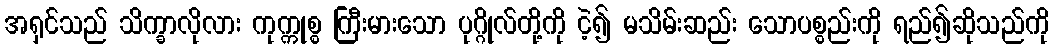
အရှင်သည် သိက္ခာလိုလား ကုက္ကုစ္စ ကြီးမားသော ပုဂ္ဂိုလ်တို့ကို ငဲ့၍ မသိမ်းဆည်း သောပစ္စည်းကို ရည်၍ဆိုသည်ကို